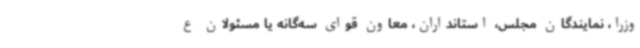
وزرا، نمایندگان مجلس، استانداران، معاون قوای سه‌گانه یا مسئولان ع